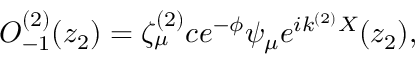
O _ { - 1 } ^ { ( 2 ) } ( z _ { 2 } ) = \zeta _ { \mu } ^ { ( 2 ) } c e ^ { - \phi } \psi _ { \mu } e ^ { i k ^ { ( 2 ) } X } ( z _ { 2 } ) ,